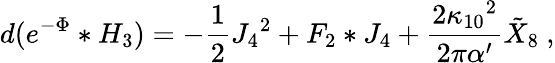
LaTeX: d(e^{-\Phi}*H_{3})=-{\frac{1}{2}}J_{4}{}^{2}+F_{2}*J_{4}+{\frac{2\kappa_{10}{}^{2}}{2\pi\alpha^{\prime}}}{\tilde{X}}_{8}\ ,